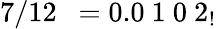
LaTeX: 7/12\ \ =0.0\ 1\ 0\ 2_{!}